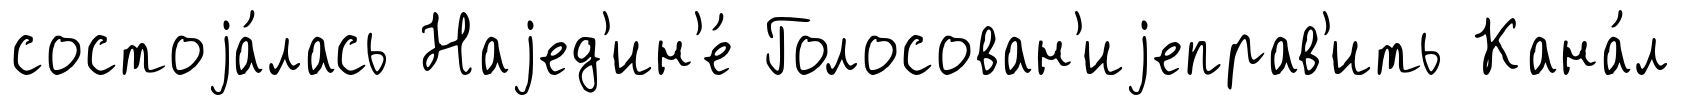
состоjа́лась Наjед'ин'е́ Голосован'иjеправ'ить Кана́л